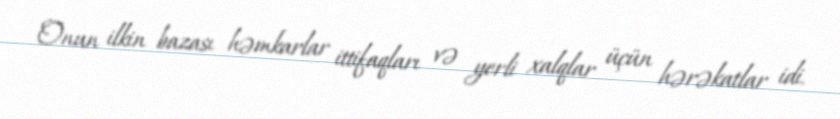
Onun ilkin bazası həmkarlar ittifaqları və yerli xalqlar üçün hərəkatlar idi.